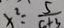
x ^ { 2 } = \frac { 5 } { c + 3 }